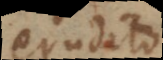
erudito